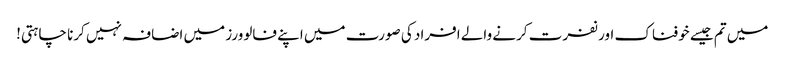
میں تم جیسے خوفناک اور نفرت کرنے والے افراد کی صورت میں اپنے فالوورز میں اضافہ نہیں کرنا چاہتی!